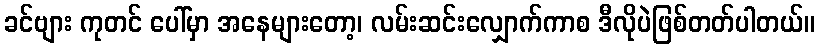
ခင်ဗျား ကုတင် ပေါ်မှာ အနေများတော့၊ လမ်းဆင်းလျှောက်ကာစ ဒီလိုပဲဖြစ်တတ်ပါတယ်။